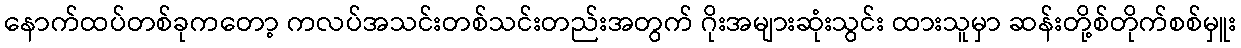
နောက်ထပ်တစ်ခုကတော့ ကလပ်အသင်းတစ်သင်းတည်းအတွက် ဂိုးအများဆုံးသွင်း ထားသူမှာ ဆန်းတို့စ်တိုက်စစ်မှူး